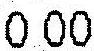
0.00